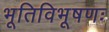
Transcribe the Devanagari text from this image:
भूतिविभूषणः